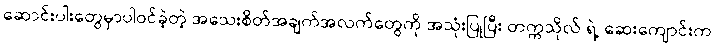
ဆောင်းပါးတွေမှာပါဝင်ခဲ့တဲ့ အသေးစိတ်အချက်အလက်တွေကို အသုံးပြုပြီး တက္ကသိုလ် ရဲ့ ဆေးကျောင်းက